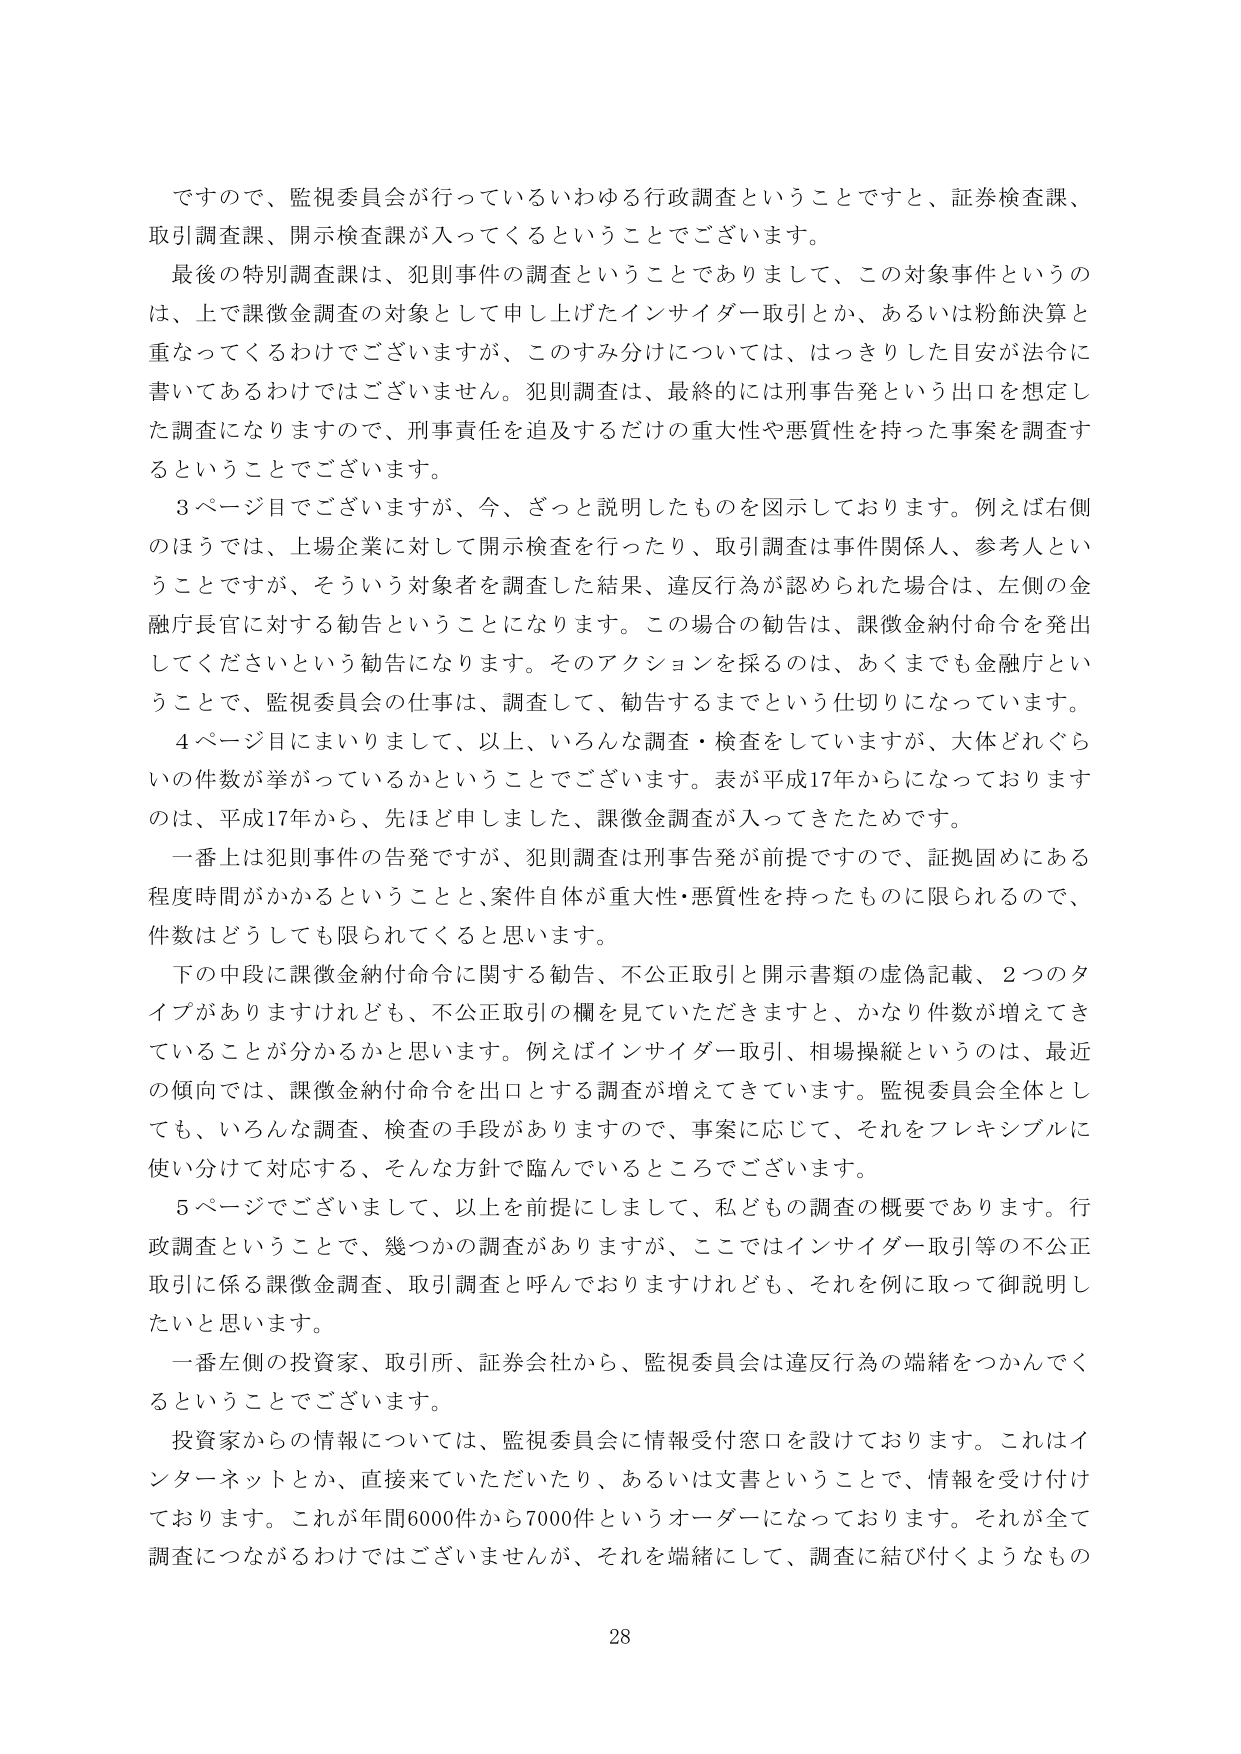
ですので、監視委員会が行っているいわゆる行政調査ということで、証券検査課、取引調査課、開示検査課が入ってくるということでございます。

最後の特別調査は、犯則事件の調査ということでありますして、この対象事件というのは、上で課徴金調査の対象として申し上げたインサイダー取引とか、あるいは粉飾決算と重なってくるわけでございますが、このすみ分けについては、はっきりした目安が法令に書いてあるわけではございません。犯則調査は、最終的には刑事告発という出口を想定した調査になりますので、刑事責任を追及するだけの重大性や悪質性を持った事案を調査するということでございます。

3ページ目でございますが、今、ざっと説明したものを図示しております。例えば右側のほうでは、上場企業に対して開示検査を行ったり、取引調査は事件関係人、参考人ということですが、そういう対象者を調査した結果、違反行為が認められた場合は、左側の金融庁長官に対する勧告ということになります。この場合の勧告は、課徴金納付命令を発出してくださいという勧告になります。そのアクションを採るのは、あくまでも金融庁ということで、監視委員会の仕事は、調査して、勧告するまでという仕切りになっています。

4ページ目にまいりまして、以上、いろんな調査・検査をしていますが、大体どれぐらいの件数が挙がっているかということでございます。表が平成17年からになっておりますのは、平成17年から、先ほど申しました、課徴金調査が入ってきたためです。

一番上は犯則事件の告発ですが、犯則調査は刑事告発が前提ですので、証拠固めにある程度時間がかかるということと、案件自体が重大性・悪質性を持ったものに限られるので、件数はどうしても限られてくると思います。

下の中段に課徴金納付命令に関する勧告、不公正取引と開示書類の虚偽記載、2つのタイプがありますけれども、不公正取引の欄を見ていただきますと、かなり件数が増えてきていることが分かるかと思います。例えばインサイダー取引、相場操縦というのは、最近の傾向では、課徴金納付命令を出口とする調査が増えてきています。監視委員会全体としても、いろんな調査、検査の手段がありますので、事案に応じて、それをフレキシブルに使い分けて対応する、そんな方針で臨んでいるところでございます。

5ページでございまして、以上を前提にしまして、私どもの調査の概要であります。行政調査ということで、幾つかの調査がありますが、ここではインサイダー取引等の不公正取引に係る課徴金調査、取引調査と呼んでおりますけれども、それを例に取って御説明したいと思います。

一番左側の投資家、取引所、証券会社から、監視委員会は違反行為の端緒をつかんでくるということでございます。

投資家からの情報については、監視委員会に情報受付窓口を設けております。これはインターネットとか、直接来ていただいたり、あるいは文書ということで、情報を受け付けております。これが年間6000件から7000件というオーダーになっております。それが全て調査につながるわけではございませんが、それを端緒にして、調査に結び付くようなもの

28